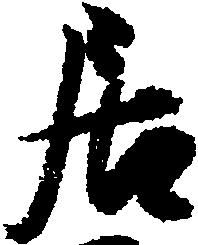
居